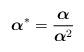
LaTeX: \begin{align*}{\mbox{\boldmath $\alpha$}}^* = {{\mbox{\boldmath $\alpha$}} \over {\mbox{\boldmath $\alpha$}}^2}\end{align*}